Annual report on the working of the lock hospitals in the Central Provinces
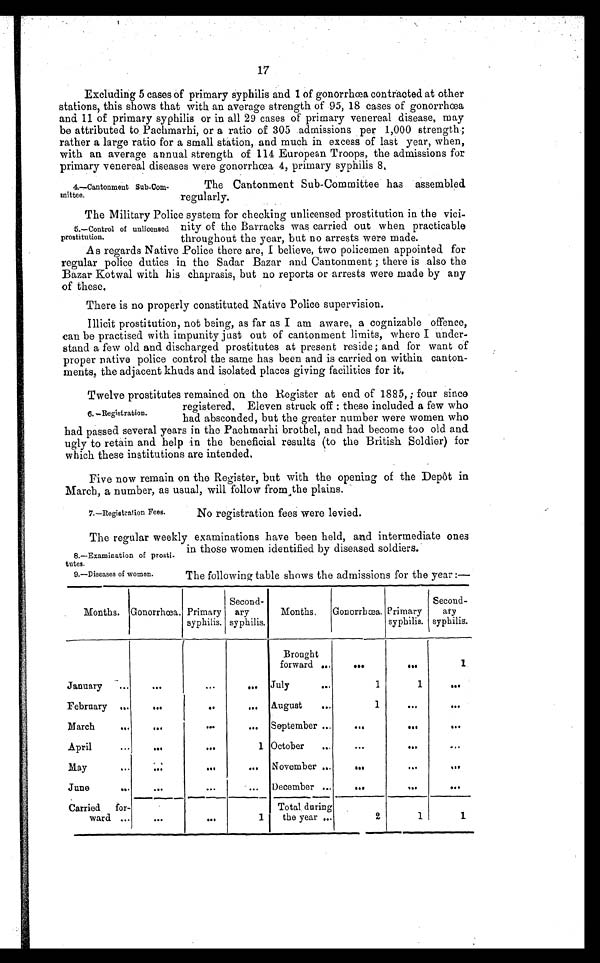
17
Excluding 5 cases of primary syphilis and 1 of gonorrhœa contracted at other
stations, this shows that with an average strength of 95, 18 cases of gonorrhœa
and 11 of primary syphilis or in all 29 cases of primary venereal disease, may
be attributed to Pachmarhi, or a ratio of 305 admissions per 1,000 strength;
rather a large ratio for a small station, and much in excess of last year, when,
with an average annual strength of 114 European Troops, the admissions for
primary venereal diseases were gonorrhœa 4, primary syphilis 8.
4.—Cantonment Sub-Com
mittee.
The Cantonment Sub-Committee has assembled
regularly.
The Military Police system for checking unlicensed prostitution in the vici
nity of the Barracks was carried out when practicable
throughout the year, but no arrests were made.
As regards Native Police there are, I believe, two policemen appointed for
regular police duties in the Sadar Bazar and Cantonment ; there is also the
Bazar Kotwal with his chaprasis, but no reports or arrests were made by any
of these.
There is no properly constituted Native Police supervision.
Illicit prostitution, not being, as far as I am aware, a cognizable offence,
can be practised with impunity just out of cantonment limits, where I under
stand a few old and discharged prostitutes at present reside; and for want of
proper native police control the same has been and is carried on within canton
ments, the adjacent khuds and isolated places giving facilities for it.
Twelve prostitutes remained on the Register at end of 1885, ; four since
registered. Eleven struck off : these included a few who
had absconded, but the greater number were women who
had passed several years in the Pachmarhi brothel, and had become too old and
ugly to retain and help in the beneficial results (to the British Soldier) for
which these institutions are intended.
Five now remain on the Register, but with the opening of the Depôt in
March, a number, as usual, will follow from the plains.
5.—Control of unlicensed
prostitution.
6.—Registration.
7.—Registration Fees.
No registration fees were levied.
The regular weekly examinations have been held, and intermediate ones
in those women identified by diseased soldiers.
8.—Examination of prosti
tutes.
9.—Diseases of women.
The following table shows the admissions for the year
Months. Gonorrhœa. Primary
syphilis.
Second
ary
syphilis.
Months.
Gonorrhœa. Primary
syphilis.
Second
ary
syphilis.
Brought
forward . . .
. . .
. . .
1
January
...
. . .
...
...
July
. . .
1
1
. . .
February ...
. . .
..
,..
August
. . .
1
...
. . .
March
...
...
...
...
September ...
. . .
. . .
. . .
April
. . .
. . .
. . .
1 October
. . .
. . .
. . .
. . .
May ...
. . .
. . .
. . .
November ...
. . .
. . .
. . .
June
. . .
. . .
. . .
. . . .
December ...
. . .
. . .
. . .
Carried for
ward ...
...
. . .
1
Total during
the year ...
2
1
1